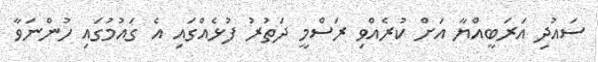
ސައުދި އަރަބީއްޔާ އަށް ކުރެއްވި ރަސްމީ ދަތުރު ފުޅެއްގައި އެ ގައުމުގައި ހުންނަވާ